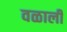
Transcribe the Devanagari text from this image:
वळाली